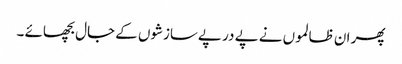
پھر ان ظالموں نے پے در پےسازشوں کے جال بچھائے ۔